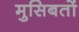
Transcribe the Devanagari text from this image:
मुसिबतों